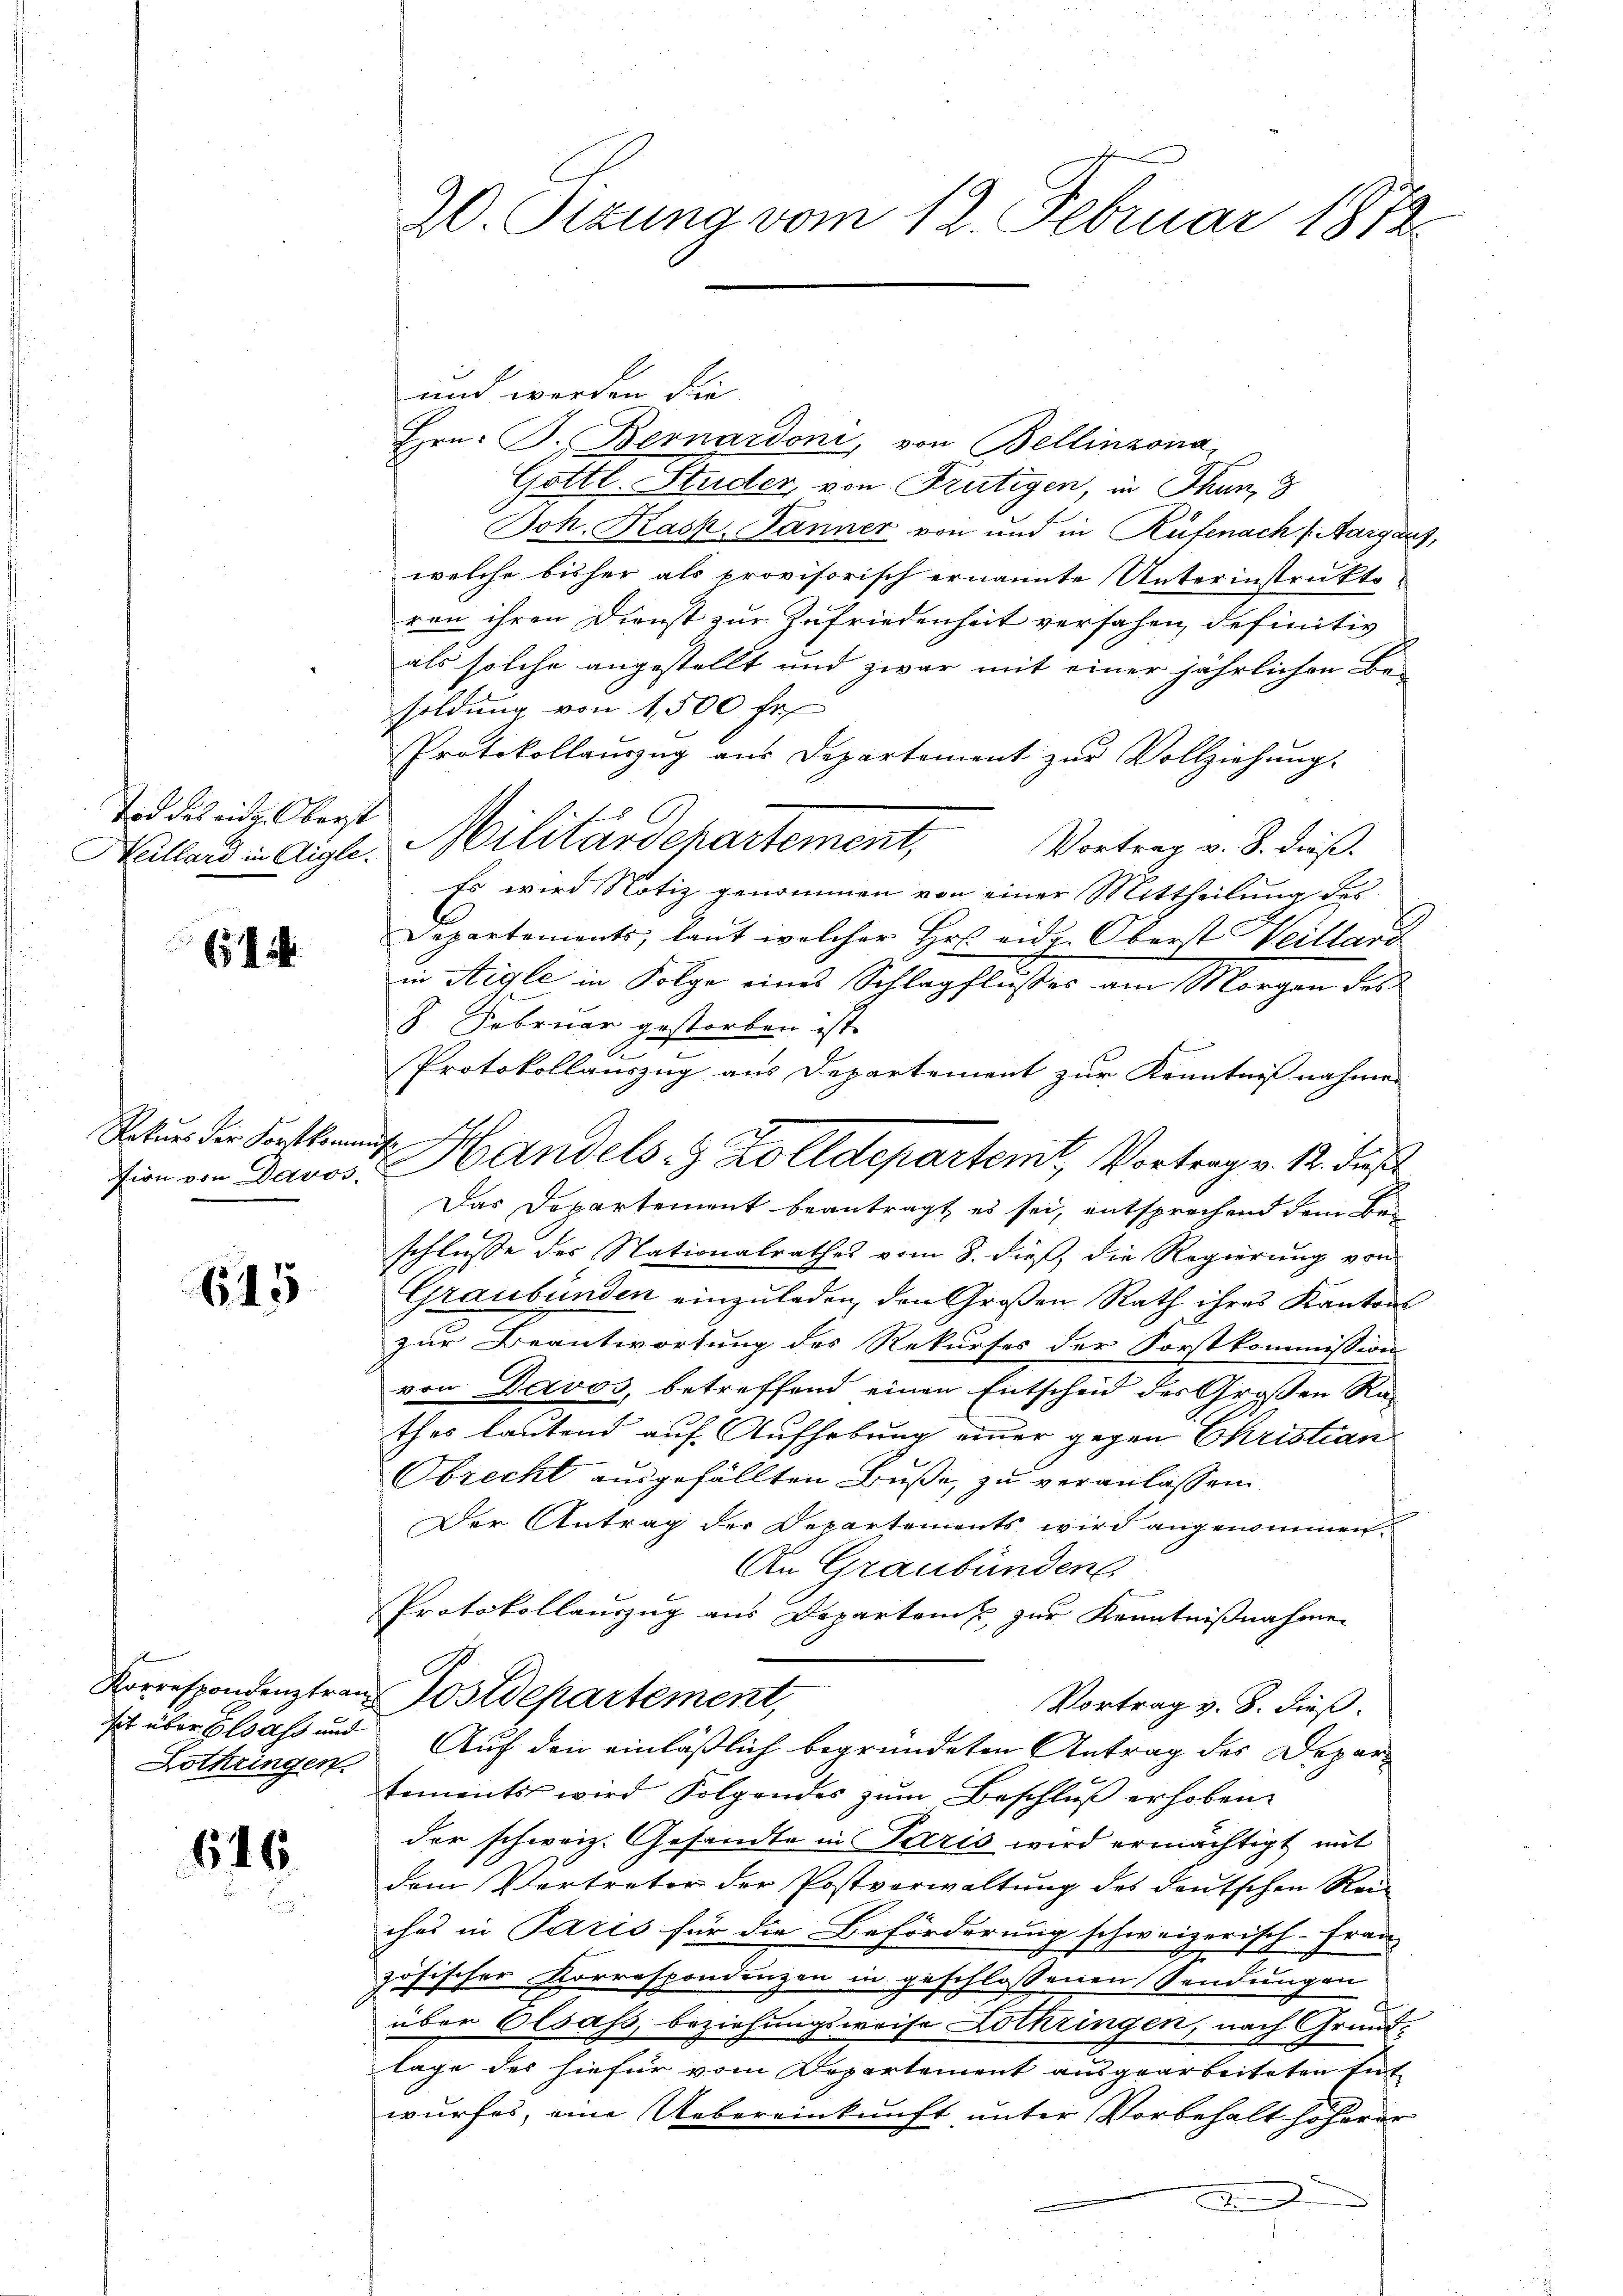
Tod des eid. Oberst

61

Rekurs der Forstkommiss

615

Lothringen.

616.

20. Pitung vom 12. Februar 1872.

und werden die
Hrn. B. Bernardoni, von Bellinzona
Gottl. Studer, von Frutigen, in Thun, 8
Joh. Rask. Jänner von und in Rüfenach (Aargau.
welche bisher als provisorisch ernannte Unterinstrukto-
ren ihren Dienst zur Zufriedenheit versehen, definitiv
als solche angestellt und zwar mit einer jährlichen Be-
soldung von 1,500 fr
Protokollauszug aus Departement zŭr Vollziehung.
Vortrag v. 8. dieß.
Es wird Notiz genommen von einer Mittheilung des
Departements, laut welcher Hr. eidg. Oberst Weillard
in Aigle in Folge eines Schlagflußes am Morgen des
8. Februar gestorben ist.
f
E
Protokollauszug aus Departement zur Kenntnißnahmen
Das Departement beantragt es sei, entsprechend dem Bei
schlusse des Stationalrathes vom 8. dieß, die Regierung von
Graubünden einzuladen, den Großen Rath ihres Kantons
zur Beantwortung des Rekurses der Forstkommission
von Davos, betreffend einen Entscheid des Großen Rathes lautend auf Aufhebung einer gegen Christian
Obrecht ausgefällten Buße, zu veranlassen
Der Antrag der Departemonts wird angenommen.
An Graubünden
Protokollauszug aus Departen u. zur Kenntnißnahmen
Korrespondenztranz Postdepartement,
Vortrag v. 8. dieß.
it über Elsass und Auf den einläßlich begründeten Antrag des Departements wird Folgendes zŭm Beschluß erhoben
der schweiz. Gesandte in Paris wird ermächtigt mit
dem Vertreter der Postverwaltung des deutschen Rei
ches in Paris für die Beförderung schweizerisch-Fran-
zösischer Korrespondenzen in geschlossenen Sendungen
über Elsass, beziehungsweise Lothringen, nach Grund-
lage des hiefür vom Departement ausgearbeiteten Entwurfes, eine Uebereinkunft unter Vorbehalt höherer

Willers Aigle. Militärdepartement,

fin ein Davos. Handels- & Zolldepartemt, Vortrag v. 12. dieß